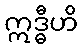
ဣဒ္ဓီဟိ